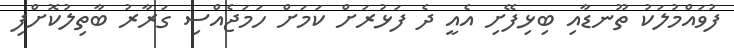
ފުވައްމުލަކު ތޫނޑާއި ބިޅިފޭށި އެއީ ދެ ފަޅުރަށް ކަމަށް ހަމަޖެއްސި ގަރާރު ބާތިލުކޮށްފި